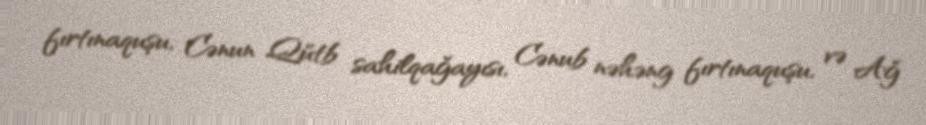
fırtınaquşu, Cənun Qütb sahilqağayısı, Cənub nəhəng fırtınaquşu, və Ağ